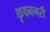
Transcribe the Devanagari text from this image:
कृषनगरी